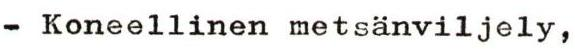
- Koneellinen metsänviljely,